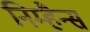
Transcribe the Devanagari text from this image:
निम्हैन्स